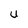
Character: U